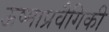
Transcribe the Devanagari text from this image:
ऊष्माप्रवैगिकी